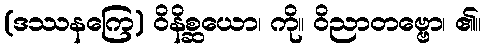
(ဒဿနကြေ) ဝိနိစ္ဆယော၊ ကို။ ဝိညာတဗ္ဗော၊ ၏။